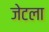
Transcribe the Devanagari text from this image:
जेटला